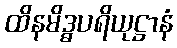
ထိနမိဒ္ဓပရိယုဋ္ဌာနံ